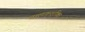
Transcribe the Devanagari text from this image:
चालकशक्ति